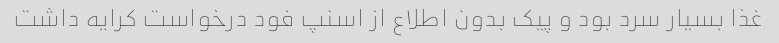
غذا بسیار سرد بود و پیک بدون اطلاع از اسنپ فود درخواست کرایه داشت